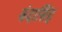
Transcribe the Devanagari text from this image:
बंदासिंह